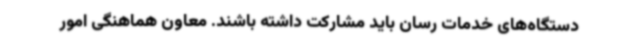
دستگاه‌های خدمات رسان باید مشارکت داشته باشند. معاون هماهنگی امور